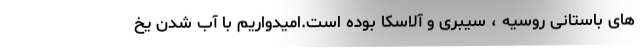
های باستانی روسیه ، سیبری و آلاسکا بوده است.امیدواریم با آب شدن یخ